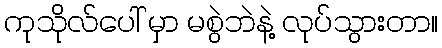
ကုသိုလ်ပေါ် မှာ မစွဲဘဲနဲ့ လုပ်သွားတာ။